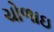
ચોળાઇ